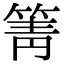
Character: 箐